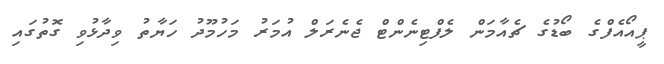
ޕީއޯއެފްގެ ބޯޑުގެ ޗެއާމަން ލެފްޓިނެންޓް ޖެނެރަލް އުމަރު މަހުމޫދު ހަޔާތު ވިދާޅުވި ގޮތުގައި